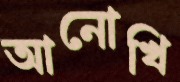
আনোখি